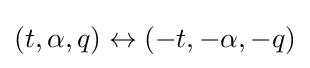
(t,\alpha ,q)\leftrightarrow (-t,-\alpha ,-q)